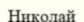
Николай